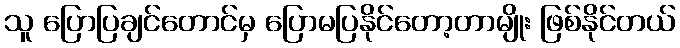
သူ ပြောပြချင်တောင်မှ ပြောမပြနိုင်တော့တာမျိုး ဖြစ်နိုင်တယ်